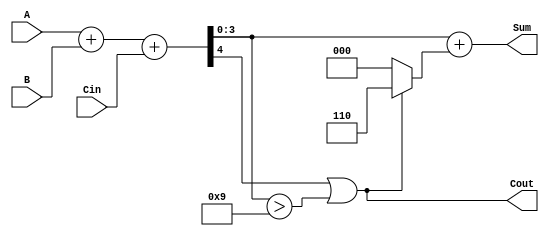
module BCD_Parallel_Adder (
    input  [3:0] A,      // First BCD digit
    input  [3:0] B,      // Second BCD digit
    input        Cin,     // Carry input
    output [3:0] Sum,     // BCD result
    output       Cout      // Carry output
);

    wire [4:0] S;         // 5-bit sum
    wire correction;       // Correction needed
    wire [3:0] corrected_sum; // Sum after correction

    // Step 1: Perform binary addition
    assign S = A + B + Cin; // 4-bit addition with carry-in

    // Step 2: Determine if correction is needed
    assign correction = (S[4] || (S[3:0] > 4'b1001)); // Check if S > 9 or carry-out is 1

    // Step 3: Correct the sum if necessary
    assign corrected_sum = S[3:0] + (correction ? 4'b0110 : 4'b0000); // Add 6 if correction is needed

    // Final outputs
    assign Sum = corrected_sum; // BCD result
    assign Cout = correction;    // Carry-out if correction was applied

endmodule